[Report on the health of British troops in the Madras command]
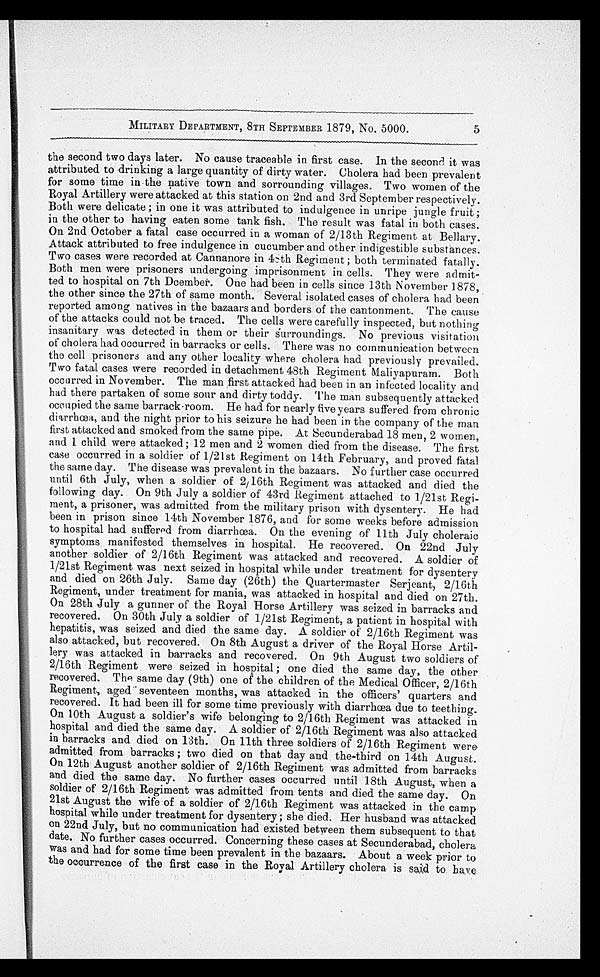
5
MILITARY DEPARTMENT, 8TH SEPTEMBER 1879, No. 5000.
the second two days later. No cause traceable in first case. In the second it was
attributed to drinking a large quantity of dirty water. Cholera had been prevalent
for some time in the native town and sorrounding villages. Two women of the
Royal Artillery were attacked at this station on 2nd and 3rd September respectively.
Both were delicate ; in one it was attributed to indulgence in unripe jungle fruit ;
in the other to having eaten some tank fish. The result was fatal in both cases.
On 2nd October a fatal case occurred in a woman of 2/13th Regiment at Bellary.
Attack attributed to free indulgence in cucumber and other indigestible substances.
Two cases were recorded at Cannanore in 48th Regiment ; both terminated fatally.
Both men were prisoners undergoing imprisonment in cells. They were admit
-
ted to hospital on 7th Dcember. One had been in cells since 13th November 1878,
the other since the 27th of same month. Several isolated cases of cholera had been
reported among natives in the bazaars and borders of the cantonment. The cause
of the attacks could not be traced. The cells were carefully inspected, but nothing
insanitary was detected in them or their surroundings. No previous visitation
of cholera had occurred in barracks or cells. There was no communication between
the cell prisoners and any other locality where cholera had previously prevailed.
Two fatal cases were recorded in detachment 48th Regiment Maliyapuram. Both
occurred in November. The man first attacked had been in an infected locality and
had there partaken of some sour and dirty toddy. The man subsequently attacked
occupied the same barrack-room. He had for nearly five years suffered from chronic
diarrhœa, and the night prior to his seizure he had been in the company of the man
first attacked and smoked from the same pipe. At Secunderabad 18 men, 2 women,
and I child were attacked ; 12 men and 2 women died from the disease. The first
case occurred in a soldier of 1/21st Regiment on 14th February, and proved fatal
the same day. The disease was prevalent in the bazaars. No further case occurred
until 6th July, when a soldier of 2/16th Regiment was attacked and died the
following day. On 9th July a soldier of 43rd Regiment attached to 1/21st Regi
-ment, a prisoner, was admitted from the military prison with dysentery. He had
been in prison since 14th November 1876, and for some weeks before admission
to hospital had suffered from diarrhœa. On the evening of 11th July choleraic
symptoms manifested themselves in hospital. He recovered. On 22nd July
another soldier of 2/16th Regiment was attacked and recovered. A soldier of
1/21st Regiment was next seized in hospital while under treatment for dysentery
and died on 26th July. Same day (26th) the Quartermaster Serjeant, 2/16th
Regiment, under treatment for mania, was attacked in hospital and died on 27th.
On 28th July a gunner of the Royal Horse Artillery was seized in barracks and
recovered. On 30th July a soldier of 1/21st Regiment, a patient in hospital with
hepatitis, was seized and died the same day. A soldier of 2/16th Regiment was
also attacked, but recovered. On 8th August a driver of the Royal Horse Artil
-lery was attacked in barracks and recovered. On 9th August two soldiers of
2/16th Regiment were seized in hospital ; one died the same day, the other
recovered. The same day (9th) one of the children of the Medical Officer, 2/16th
Regiment, aged months, was attacked in the officers' quarters and
recovered. It had been ill for some time previously with diarrhœa due to teething.
On 10th August a soldier's wife belonging to 2/16th Regiment was attacked in
hospital and died the same day. A soldier of 2/16th Regiment was also attacked
in barracks and died on 13th. On 11th three soldiers of 2/16th Regiment were
admitted from barracks ; two died on that day and the-third on 14th August.
On 12th August another soldier of 2/16th Regiment was admitted from barracks
and died the same day. No further cases occurred until 18th August, when a
soldier of 2/16th Regiment was admitted from tents and died the same day. On
21st August the wife of a soldier of 2/16th Regiment was attacked in the camp
hospital while under treatment for dysentery ; she died. Her husband was attacked
on 22nd July, but no communication had existed between them subsequent to that
date. No further cases occurred. Concerning these cases at Secunderabad, cholera
was and had for some time been prevalent in the bazaars. About a week prior to
the occurrence of the first case in the Royal Artillery cholera is said to have